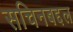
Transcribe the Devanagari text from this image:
सचिनबद्दल